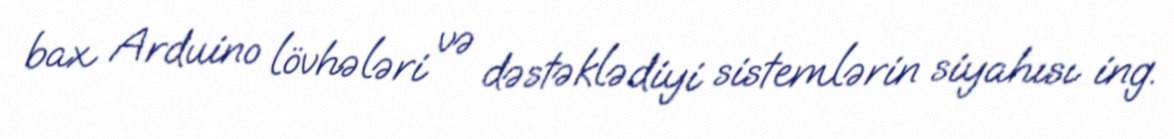
bax Arduino lövhələri və dəstəklədiyi sistemlərin siyahısı ing.